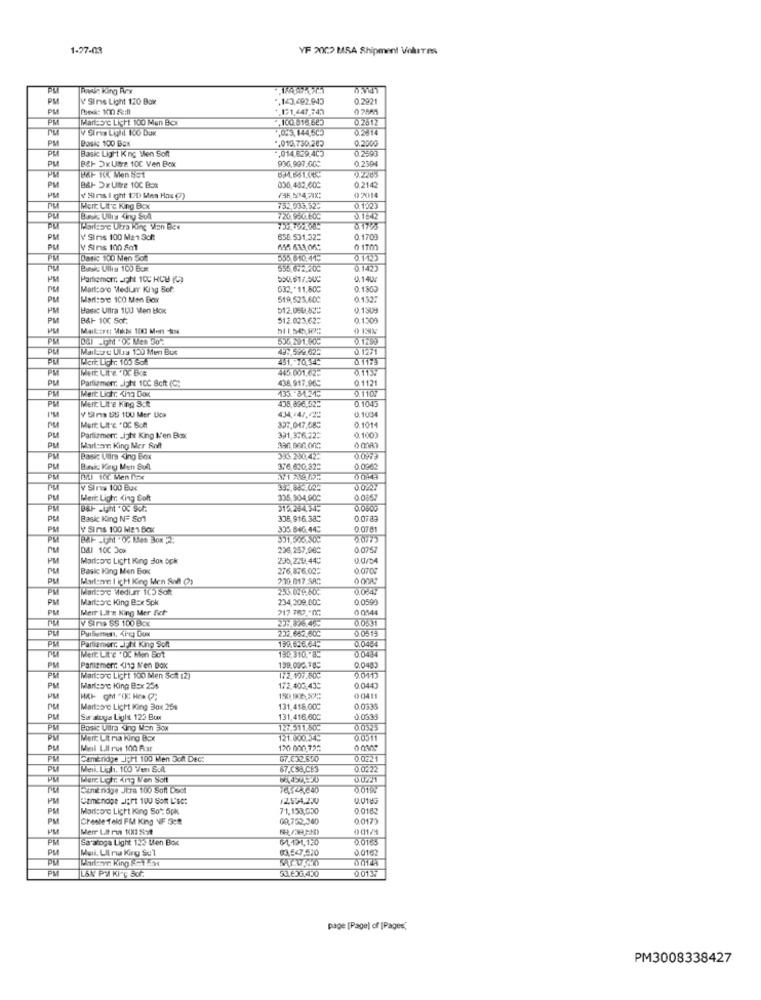
1-27-03
YF 20C> MSA Shipment Volutes
PM
V Sinis Light 120 Box
,143,492.943
0.2221
+,121,447.747
Mariorc Licht 100 Men Box
2,100.816 645
0.2512
.043,144,505
0.2614
PM
Posle 100 Box
.. 019.730.202
0.2000
Basic Light K ng Men Soft
,014.629.405
0.2593
PM
B&H- Dx Utre 100 Ven Box
936,997.000
0.2594
PM
PM
0.2142
PM
B&H- Dx Uitre 100 Box
030,482.600
02014
Y Sins I ght 170 Men Hax (7)
PM
Mert Lit'c. King Box
752,535.52℃
0.1023
PM
Bass Ully Kiny Sull
720. 950.600
0.1842
MarlBorc Utra king Van Bee
0.1705
PM
V Sins 100 Man Soft
655.531.325
0.1703
PM
V Sins 100 501
0 1700
PM
Dasic 100 Men Schl
555 010.415
0.1125
Base. Ully 100 Bcx
535,672,500
PM
Partiemor: „IJN 10CHCH (C)
Martzoro Mediar King Sof:
032 ,* 11.500
0.1303
PM
Marisore 100 Men Box
519,523,600
0.1527
PM
Basic Ultra 1023 Men Box
512.0.082#
0.1309
PM
B&F- 100 Sof.
512.023.62℃
0.1309
PL
PM
Dal ght " Oc Met 50"
536 291.60G
PLA
Malou Uus 150 Men Bus
49: 599.625
0.1271
Wert Lighr. 100 Sol
6.117
PM
Merc Uit & 'OC Boa
445.001.62:
0.1134
PM
Parliament Light 10℃ Scht (C)
438.917.960
0.1121
PM
Mert Lich. 4in2 Dox
135. 34.212
0.110
Mert Lit'e King Scht
435,896.522
0.1045
PM
0.1004
Y SIna SS 100 Mer Ucs
434,447.02:
0.1014
Mert: Uit'E " OC Scht
397.047.089
0.100)
PM
Partizmerr, Light King N'en Box:
391,376.22=
Marlene King Mer Roft
PM
Basic Lira King Box
333.250,42.
PM
Bank. Korgy Men Sull
376,630,322
0.0962
PM
V Sirva 100 Bux
PM
Meri Lighr. King Eoft
335,904.000
0.0667
PM
314254.345
Basic King N= Son1
336,916.38℃
0.07.83
PM
Y SIMs 100 ME1 Box
305.846.445
0.07.81
PM
Dal 10C Jox
236,257,06℃
0.0757
PM
Martsarc Light King Jak bpk
235,220.44℃
0.0/04
Basic King Men Box
276,876.00℃
0.0709
Marleene I icht King Men Soll (2)
2:30 017.5A2
PM
253.019760℃
PM
Martearc King Box Spk
234,209.000
0.0599
PM
Mert LIt' King Mer Ect-
0 0544
V Sina 55 100 BEx
0.0331
0.0519
232,652,50℃
0.0484
PM
Mert Lit'e ' OC Mon Bot
Paramer: - Fil King Sont
130.6.6.645
0.0434
130,310, 8:
0.0483
PM
Paniemerr <112 s'en Dox
9.0413
PM
Maroc Licht 100 Men Sct [2]
172,107.60℃
PM
Marlsan King B:x 254
172,400,433
0.0443
PM
Martsore Licht King Box 254
131,416,00℃
0.0335
Sar aloya Light 125 Box
131,416.600
0.0333
Bonnie Ultra King Man Box
127.511.50℃
0.0325
PM
Mert Lit ria King Box
121.000.34:
0.0511
PM
Mini L.Il ms 100 Rar
120 000.725
PM
Cambridge _i;Pt 100 Men Doft Dec:
G7.032.850
0.0221
PM
Meil. Ligh, 100 Ven Sal.
67.CS8,CE3
0.0222
PM
Merc LIGHT: 413 Y'en Soit
caminoge JEra 100 Soft Doct
0.019%
PM
Camehoge JJ;rt 100 Som L'SC:
12,554,230
0.0185
PM
Marttorc Licht King So *: 5pk
71,153,000
0.0182
PM
Cheste feld FM King NF Set
00,762,360
0.0173
Merr Lit rin KM3 Sol
0 01/9
Saratoga Light 120 Men Box
$4,131,120
0.0163
PM
Mail. Lit na King Sul
63.547,520
0.0162
PAT
53.636.430
0.0137
L&N PM KI"Ç SOf
page [Page) of [Pages,
PM3008338427